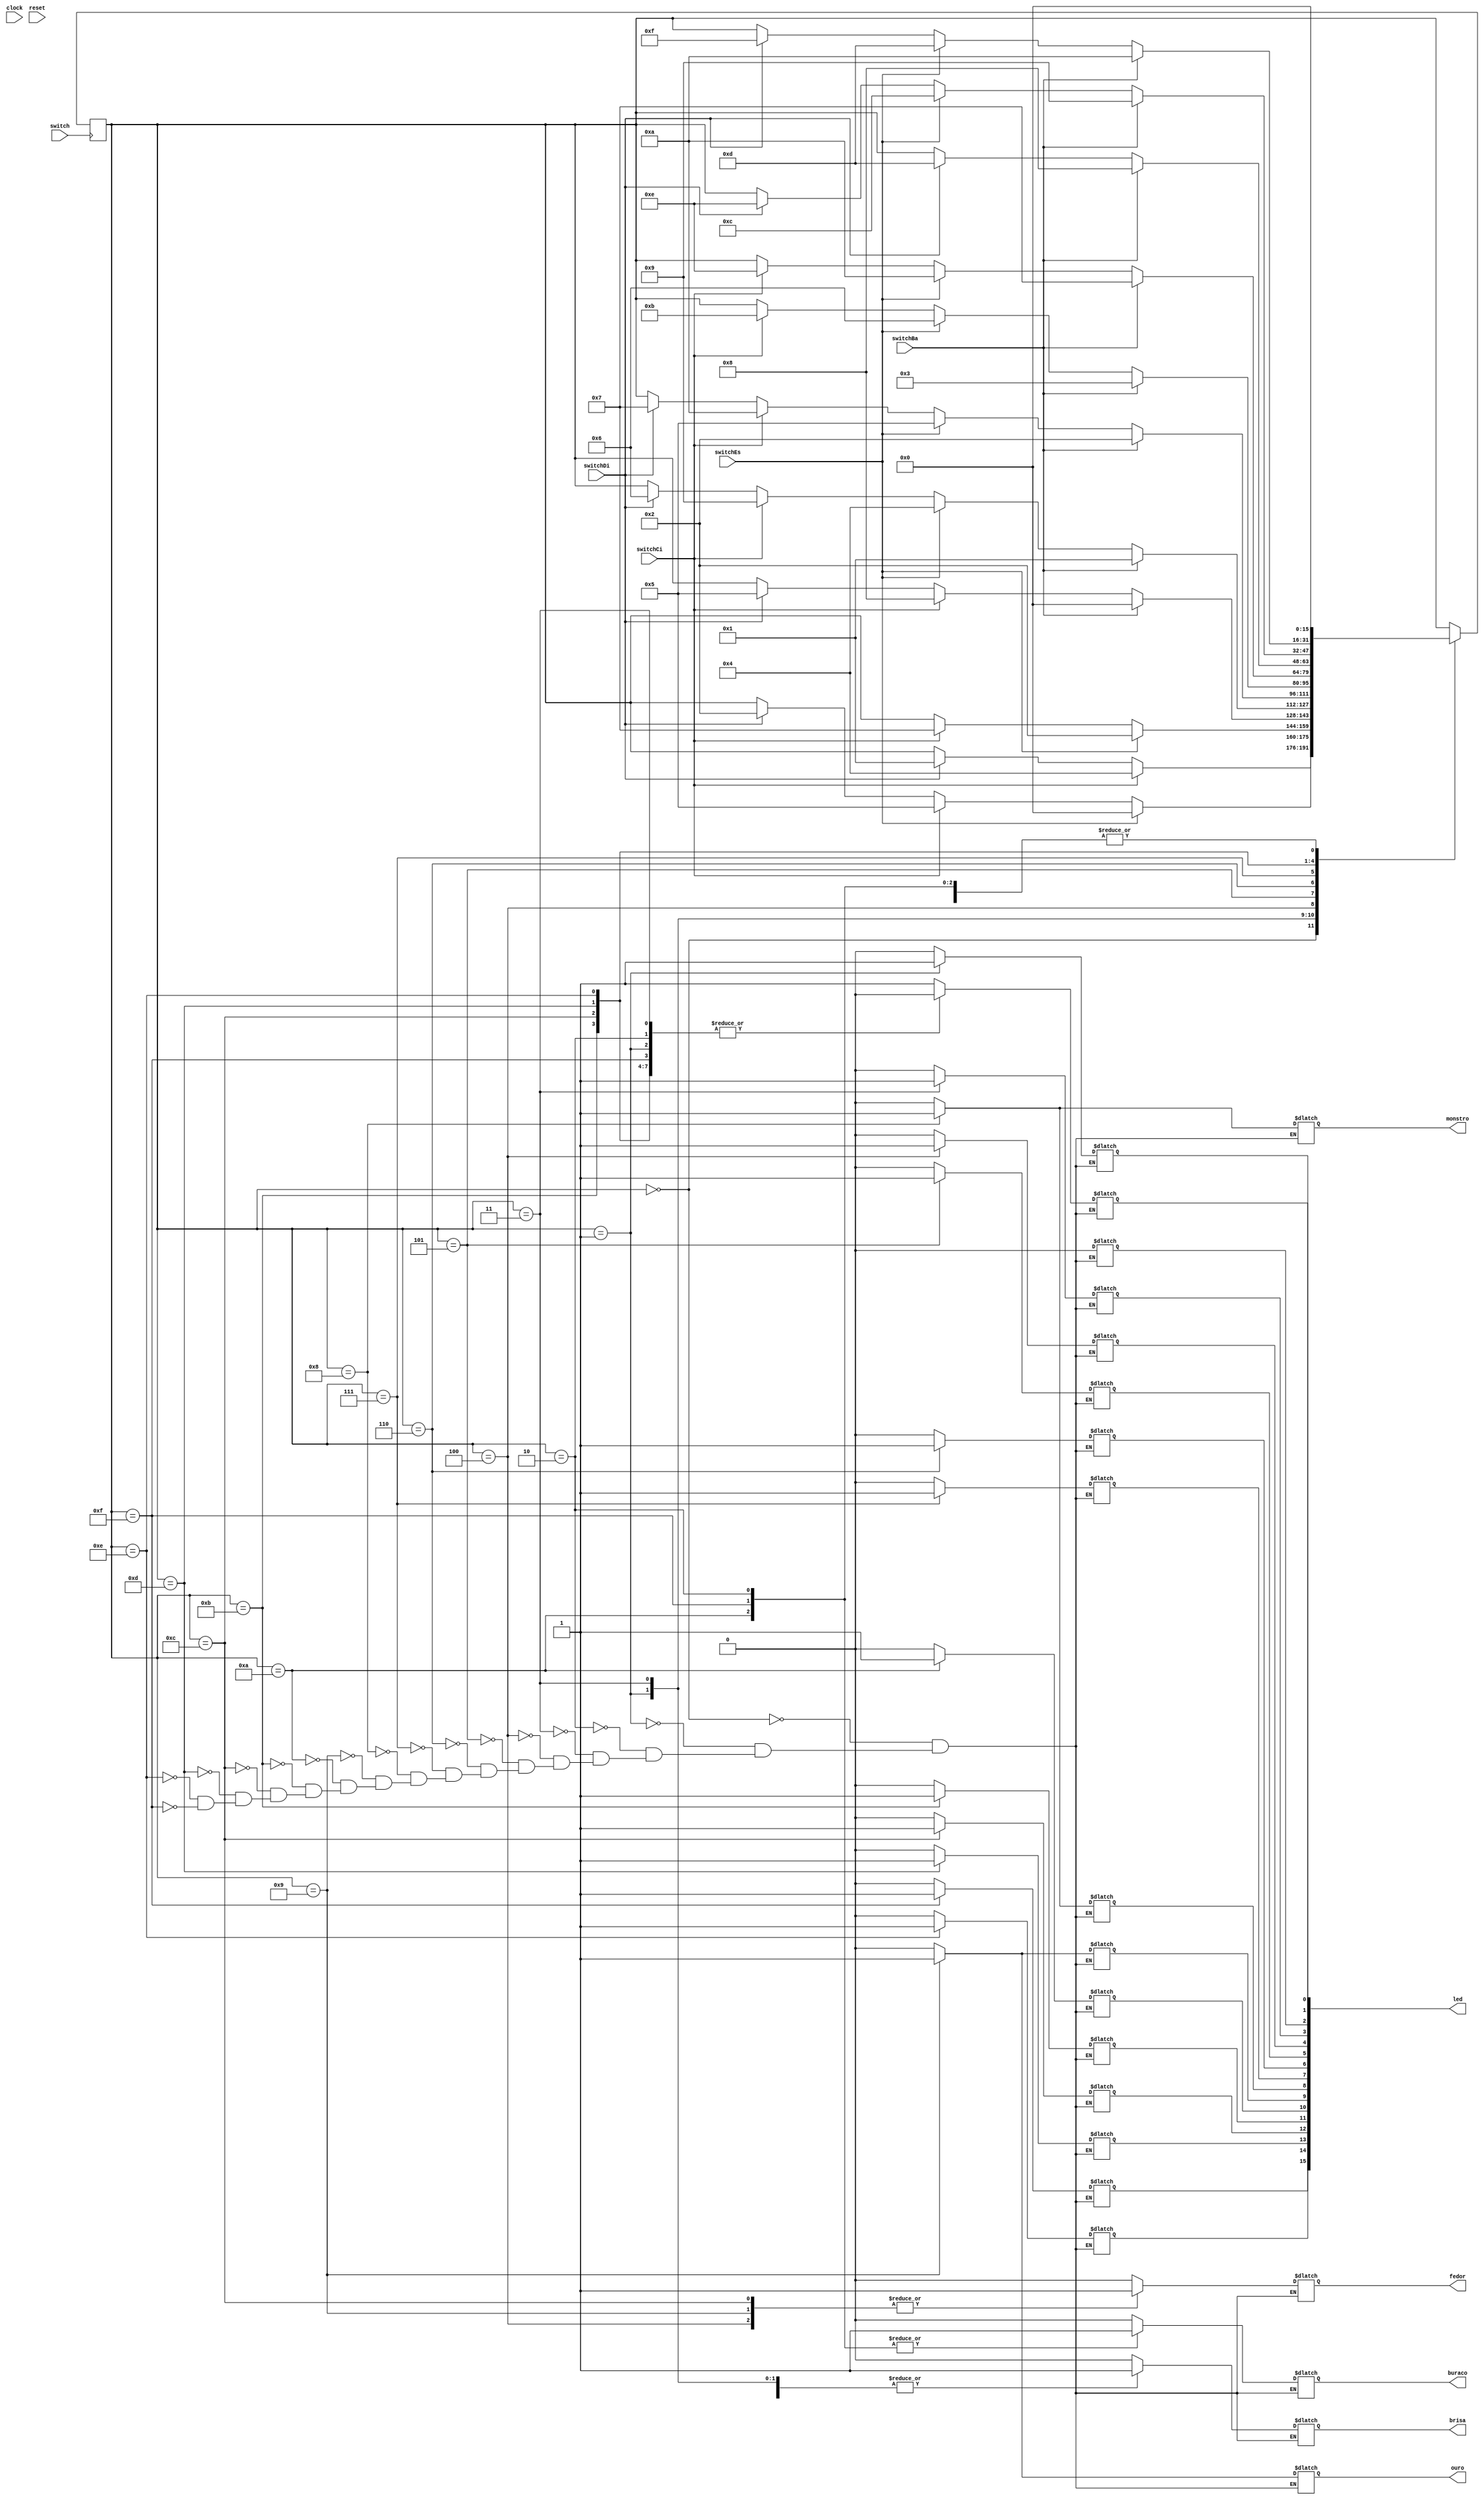
module PROJETO
(output reg [15:0]led,
 output reg ouro, fedor, brisa, buraco, monstro,
input clock, reset, switchDi, switchEs, switchCi, switchBa, switch);

reg [15:0] estado_atual;
parameter block11 = 0, block12 = 1, block13 = 2, block14 = 3, block21 = 4, block22 = 5, block23 = 6, block24 = 7, block31 = 8, block32 = 9, block33 = 10, block34 = 11, block41 = 12, block42 = 13, block43 = 14, block44 = 15; 

/*
led[0]=	led11
led[1]=	led12
led[2]=	led13 
led[3]=	led14
led[4]=	led21 
led[5]=	led22
led[6]=	led23 
led[7]=	led24 
led[8]=	led31
led[9]=	led32 
led[10]= led33
led[11]= led34
led[12]= led41
led[13]= led42
led[14]= led43
led[15]= led44
*/
	
always@ (estado_atual) begin
	case(estado_atual)
	block11: begin
	led[0] = 1;
	led[1] = 0;
	led[2] = 0;
	led[3] = 0;
	led[4] = 0;
	led[5] = 0;
	led[6] = 0;
	led[7] = 0;
	led[8] = 0;
	led[9] = 0;
	led[10] = 0;
	led[11] = 0;
	led[12] = 0;
	led[13] = 0;
	led[14] = 0;
	led[15] = 0;
	ouro = 0;
	fedor = 0;
	brisa = 0;
	buraco = 0;
	monstro = 0;
	end
	
	block12: begin
	led[0] = 0;
	led[1] = 1;
	led[2] = 0;
	led[3] = 0;
	led[4] = 0;
	led[5] = 0;
	led[6] = 0;
	led[7] = 0;
	led[8] = 0;
	led[9] = 0;
	led[10] = 0;
	led[11] = 0;
	led[12] = 0;
	led[13] = 0;
	led[14] = 0;
	led[15] = 0;
	ouro = 0;
	fedor = 0;
	brisa = 1;
	buraco = 0;
	monstro = 0;
	end
	
	block13: begin
	led[0] = 0;
	led[1] = 0;
	led[2] = 0;
	led[3] = 0;
	led[4] = 0;
	led[5] = 0;
	led[6] = 0;
	led[7] = 0;
	led[8] = 0;
	led[9] = 0;
	led[10] = 0;
	led[11] = 0;
	led[12] = 0;
	led[13] = 0;
	led[14] = 0;
	led[15] = 0;
	ouro = 0;
	fedor = 0;
	brisa = 0;
	buraco = 1;
	monstro = 0;
	end
	
	block14: begin
	led[0] = 0;
	led[1] = 0;
	led[2] = 0;
	led[3] = 1;
	led[4] = 0;
	led[5] = 0;
	led[6] = 0;
	led[7] = 0;
	led[8] = 0;
	led[9] = 0;
	led[10] = 0;
	led[11] = 0;
	led[12] = 0;
	led[13] = 0;
	led[14] = 0;
	led[15] = 0;
	ouro = 0;
	fedor = 0;
	brisa = 1;
	buraco = 0;
	monstro = 0;
	end
	
	block21: begin
	led[0] = 0;
	led[1] = 0;
	led[2] = 0;
	led[3] = 0;
	led[4] = 1;
	led[5] = 0;
	led[6] = 0;
	led[7] = 0;
	led[8] = 0;
	led[9] = 0;
	led[10] = 0;
	led[11] = 0;
	led[12] = 0;
	led[13] = 0;
	led[14] = 0;
	led[15] = 0;
	ouro = 0;
	fedor = 1;
	brisa = 0;
	buraco = 0;
	monstro = 0;
	end
	
	block22: begin
	led[0] = 0;
	led[1] = 0;
	led[2] = 0;
	led[3] = 0;
	led[4] = 0;
	led[5] = 1;
	led[6] = 0;
	led[7] = 0;
	led[8] = 0;
	led[9] = 0;
	led[10] = 0;
	led[11] = 0;
	led[12] = 0;
	led[13] = 0;
	led[14] = 0;
	led[15] = 0;
	ouro = 0;
	fedor = 0;
	brisa = 0;
	buraco = 0;
	monstro = 0;
	end
	
	block23: begin
	led[0] = 0;
	led[1] = 0;
	led[2] = 0;
	led[3] = 0;
	led[4] = 0;
	led[5] = 0;
	led[6] = 1;
	led[7] = 0;
	led[8] = 0;
	led[9] = 0;
	led[10] = 0;
	led[11] = 0;
	led[12] = 0;
	led[13] = 0;
	led[14] = 0;
	led[15] = 0;
	ouro = 0;
	fedor = 0;
	brisa = 1;
	buraco = 0;
	monstro = 0;
	end
	
	block24: begin
	led[0] = 0;
	led[1] = 0;
	led[2] = 0;
	led[3] = 0;
	led[4] = 0;
	led[5] = 0;
	led[6] = 0;
	led[7] = 1;
	led[8] = 0;
	led[9] = 0;
	led[10] = 0;
	led[11] = 0;
	led[12] = 0;
	led[13] = 0;
	led[14] = 0;
	led[15] = 0;
	ouro = 0;
	fedor = 0;
	brisa = 0;
	buraco = 0;
	monstro = 0;
	end
	
	block31: begin
	led[0] = 0;
	led[1] = 0;
	led[2] = 0;
	led[3] = 0;
	led[4] = 0;
	led[5] = 0;
	led[6] = 0;
	led[7] = 0;
	led[8] = 1;
	led[9] = 0;
	led[10] = 0;
	led[11] = 0;
	led[12] = 0;
	led[13] = 0;
	led[14] = 0;
	led[15] = 0;
	ouro = 0;
	fedor = 0;
	brisa = 0;
	buraco = 0;
	monstro = 1;
	end
	
	block32: begin
	led[0] = 0;
	led[1] = 0;
	led[2] = 0;
	led[3] = 0;
	led[4] = 0;
	led[5] = 0;
	led[6] = 0;
	led[7] = 0;
	led[8] = 0;
	led[9] = 1;
	led[10] = 0;
	led[11] = 0;
	led[12] = 0;
	led[13] = 0;
	led[14] = 0;
	led[15] = 0;
	ouro = 1;
	fedor = 1;
	brisa = 1;
	buraco = 0;
	monstro = 0;
	end
	
	block33: begin
	led[0] = 0;
	led[1] = 0;
	led[2] = 0;
	led[3] = 0;
	led[4] = 0;
	led[5] = 0;
	led[6] = 0;
	led[7] = 0;
	led[8] = 0;
	led[9] = 0;
	led[10] = 1;
	led[11] = 0;
	led[12] = 0;
	led[13] = 0;
	led[14] = 0;
	led[15] = 0;
	ouro = 0;
	fedor = 0;
	brisa = 0;
	buraco = 1;
	monstro = 0;
	end
	
	block34: begin
	led[0] = 0;
	led[1] = 0;
	led[2] = 0;
	led[3] = 0;
	led[4] = 0;
	led[5] = 0;
	led[6] = 0;
	led[7] = 0;
	led[8] = 0;
	led[9] = 0;
	led[10] = 0;
	led[11] = 1;
	led[12] = 0;
	led[13] = 0;
	led[14] = 0;
	led[15] = 0;
	ouro = 0;
	fedor = 0;
	brisa = 1;
	buraco = 0;
	monstro = 0;
	end
	
	block41: begin
	led[0] = 0;
	led[1] = 0;
	led[2] = 0;
	led[3] = 0;
	led[4] = 0;
	led[5] = 0;
	led[6] = 0;
	led[7] = 0;
	led[8] = 0;
	led[9] = 0;
	led[10] = 0;
	led[11] = 0;
	led[12] = 1;
	led[13] = 0;
	led[14] = 0;
	led[15] = 0;
	ouro = 0;
	fedor = 1;
	brisa = 0;
	buraco = 0;
	monstro = 0;
	end
	
	block42: begin
	led[0] = 0;
	led[1] = 0;
	led[2] = 0;
	led[3] = 0;
	led[4] = 0;
	led[5] = 0;
	led[6] = 0;
	led[7] = 0;
	led[8] = 0;
	led[9] = 0;
	led[10] = 0;
	led[11] = 0;
	led[12] = 0;
	led[13] = 1;
	led[14] = 0;
	led[15] = 0;
	ouro = 0;
	fedor = 0;
	brisa = 0;
	buraco = 0;
	monstro = 0;
	end
	
	block43: begin
	led[0] = 0;
	led[1] = 0;
	led[2] = 0;
	led[3] = 0;
	led[4] = 0;
	led[5] = 0;
	led[6] = 0;
	led[7] = 0;
	led[8] = 0;
	led[9] = 0;
	led[10] = 0;
	led[11] = 0;
	led[12] = 0;
	led[13] = 0;
	led[14] = 1;
	led[15] = 0;
	ouro = 0;
	fedor = 0;
	brisa = 1;
	buraco = 0;
	monstro = 0;
	end
	
	block44: begin
	led[0] = 0;
	led[1] = 0;
	led[2] = 0;
	led[3] = 0;
	led[4] = 0;
	led[5] = 0;
	led[6] = 0;
	led[7] = 0;
	led[8] = 0;
	led[9] = 0;
	led[10] = 0;
	led[11] = 0;
	led[12] = 0;
	led[13] = 0;
	led[14] = 0;
	led[15] = 1;
	ouro = 0;
	fedor = 0;
	brisa = 0;
	buraco = 1;
	monstro = 0;
	end
	endcase
	end
	
	always@ (posedge switch) begin
/*	if(reset)
	estado_atual <= block11;
	else */
	case(estado_atual)
	
	block11:begin
	if(switchDi == 1)
	estado_atual <= block12;
	if(switchCi == 1)
	estado_atual <= block21;
	end
	
	block12:begin
	if(switchDi == 1)
	estado_atual <= block13;
	if(switchCi == 1)
	estado_atual <= block22;
	if(switchEs == 1)
	estado_atual <= block11;
	end
	
	block13:begin
	estado_atual <= block11;
	/*
	if(switchDi == 1)
	estado_atual <= block14;
	if(switchCi == 1)
	estado_atual <= block23;
	if(switchEs == 1)
	estado_atual <= block12;
	*/
	end
	
	block14:begin
	if(switchCi == 1)
	estado_atual <= block24;
	if(switchEs == 1)
	estado_atual <= block13;
	end
	
	block21:begin
	if(switchDi == 1)
	estado_atual <= block22;
	if(switchCi == 1)
	estado_atual <= block31;
	if(switchBa == 1)
	estado_atual <= block11;
	end
	
	block22:begin
	if(switchDi == 1)
	estado_atual <= block23;
	if(switchCi == 1)
	estado_atual <= block32;
	if(switchEs == 1)
	estado_atual <= block21;
	if(switchBa == 1)
	estado_atual <= block12;
	end
	
	block23:begin
	if(switchDi == 1)
	estado_atual <= block24;
	if(switchCi == 1)
	estado_atual <= block33;
	if(switchEs == 1)
	estado_atual <= block22;
	if(switchBa == 1)
	estado_atual <= block13;
	end
	
	block24:begin
	if(switchCi == 1)
	estado_atual <= block34;
	if(switchEs == 1)
	estado_atual <= block23;
	if(switchBa == 1)
	estado_atual <= block14;
	end
	
	block31:begin
	estado_atual <= block11;
	/*
	if(switchDi == 1)
	estado_atual <= block32;
	if(switchCi == 1)
	estado_atual <= block41;
	if(switchBa == 1)
	estado_atual <= block21;
	*/
	end
	
	block32:begin
	estado_atual <= block11;
	/*
	if(switchDi == 1)
	estado_atual <= block33;
	if(switchCi == 1)
	estado_atual <= block42;
	if(switchEs == 1)
	estado_atual <= block31;
	if(switchBa == 1)
	estado_atual <= block22;
	*/
	end
	
	block33:begin
	estado_atual <= block11;
	/*
	if(switchDi == 1)
	estado_atual <= block34;
	if(switchCi == 1)
	estado_atual <= block43;
	if(switchEs == 1)
	estado_atual <= block32;
	if(switchBa == 1)
	estado_atual <= block23;
	*/
	end
	
	block34:begin
	if(switchCi == 1)
	estado_atual <= block43;
	if(switchEs == 1)
	estado_atual <= block33;
	if(switchBa == 1)
	estado_atual <= block24;
	end
	
	block41:begin
	if(switchDi == 1)
	estado_atual <= block42;
	if(switchBa == 1)
	estado_atual <= block31;
	end
	
	block42:begin
	if(switchDi == 1)
	estado_atual <= block43;
	if(switchEs == 1)
	estado_atual <= block41;
	if(switchBa == 1)
	estado_atual <= block32;
	end
	
	block43:begin
	if(switchDi == 1)
	estado_atual <= block44;
	if(switchEs == 1)
	estado_atual <= block42;
	if(switchBa == 1)
	estado_atual <= block33;
	end
	
	block44:begin
	estado_atual <= block11;
	/*
	if(switchEs == 1)
	estado_atual <= block43;
	if(switchBa == 1)
	estado_atual <= block34;
	*/
	end
	endcase
	end
	endmodule